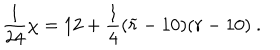
{ \frac { 1 } { 2 4 } } \chi = 1 2 + { \frac { 1 } { 4 } } ( { \widetilde r } - 1 0 ) ( r - 1 0 ) ~ .